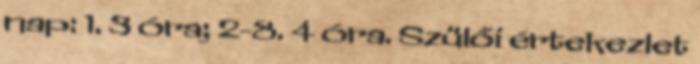
nap: 1. 3 óra; 2-8. 4 óra. Szülői értekezlet